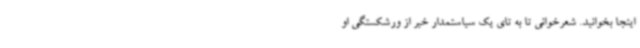
اینجا بخوانید. شعرخوانی تا به تای یک سیاستمدار خبر از ورشکستگی او